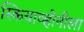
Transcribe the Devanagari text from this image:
स्कियाव्होनीला